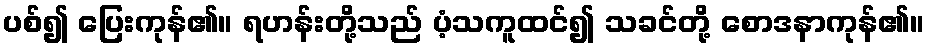
ပစ်၍ ပြေးကုန်၏။ ရဟန်းတို့သည် ပံ့သကူထင်၍ သခင်တို့ စောဒနာကုန်၏။